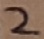
Text: 2